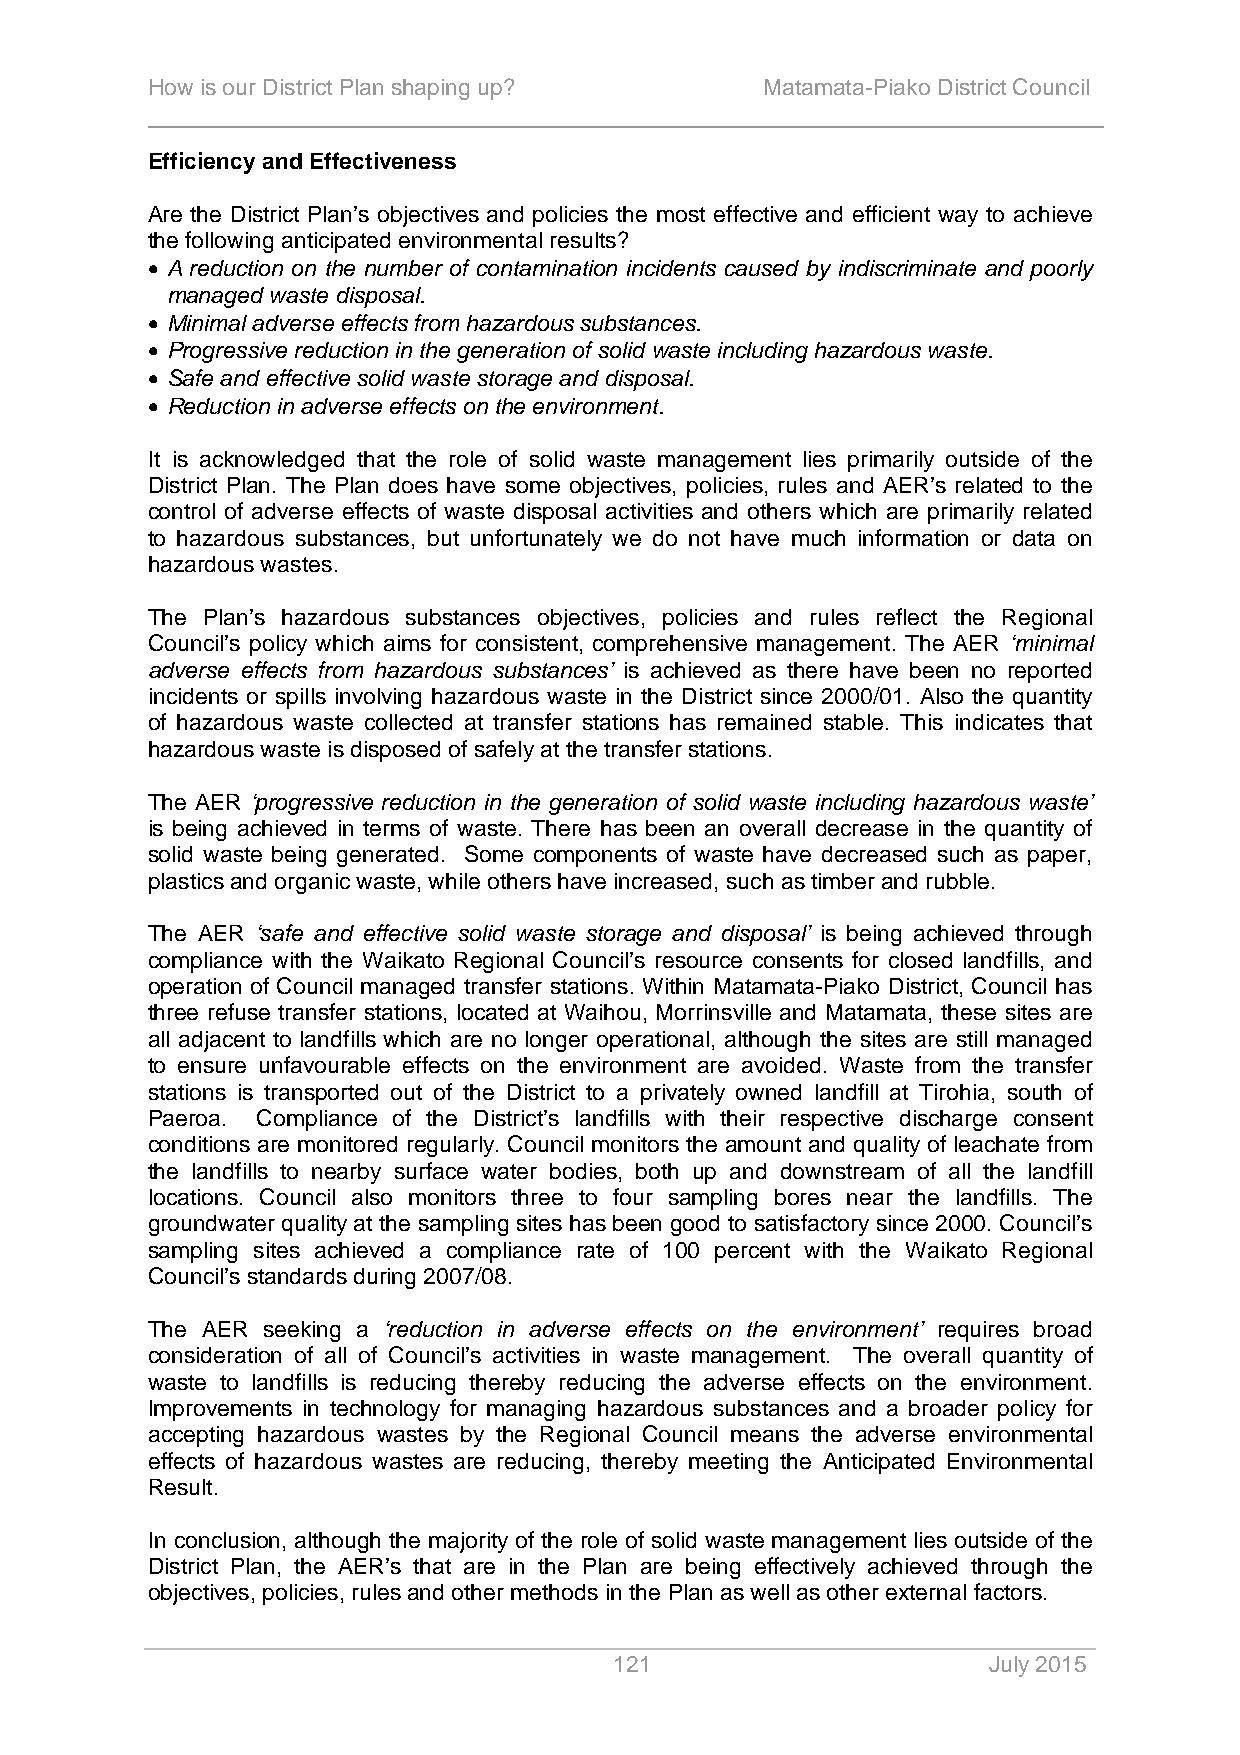
How is our District Plan shaping up?     Matamata-Piako District Council
 Efficiency and Effectiveness
 Are the District Plan’s objectives and policies the most effective and efficient way to achieve
 the following anticipated environmental results?
  A reduction on the number of contamination incidents caused by indiscriminate and poorly
 managed waste disposal.
  Minimal adverse effects from hazardous substances.
  Progressive reduction in the generation of solid waste including hazardous waste.
  Safe and effective solid waste storage and disposal.
  Reduction in adverse effects on the environment.
 It is acknowledged that the role of solid waste management lies primarily outside of the
 District Plan. The Plan does have some objectives, policies, rules and AER’s related to the
 control of adverse effects of waste disposal activities and others which are primarily related
 to hazardous substances, but unfortunately we do not have much information or data on
 hazardous wastes.
 The Plan’s hazardous substances objectives, policies and rules reflect the Regional
 Council’s policy which aims for consistent, comprehensive management. The AER ‘minimal
 adverse effects from hazardous substances’ is achieved as there have been no reported
 incidents or spills involving hazardous waste in the District since 2000/01. Also the quantity
 of hazardous waste collected at transfer stations has remained stable. This indicates that
 hazardous waste is disposed of safely at the transfer stations.
 The AER ‘progressive reduction in the generation of solid waste including hazardous waste’
 is being achieved in terms of waste. There has been an overall decrease in the quantity of
 solid waste being generated. Some components of waste have decreased such as paper,
 plastics and organic waste, while others have increased, such as timber and rubble.
 The AER ‘safe and effective solid waste storage and disposal’ is being achieved through
 compliance with the Waikato Regional Council’s resource consents for closed landfills, and
 operation of Council managed transfer stations. Within Matamata-Piako District, Council has
 three refuse transfer stations, located at Waihou, Morrinsville and Matamata, these sites are
 all adjacent to landfills which are no longer operational, although the sites are still managed
 to ensure unfavourable effects on the environment are avoided. Waste from the transfer
 stations is transported out of the District to a privately owned landfill at Tirohia, south of
 Paeroa. Compliance of the District’s landfills with their respective discharge consent
 conditions are monitored regularly. Council monitors the amount and quality of leachate from
 the landfills to nearby surface water bodies, both up and downstream of all the landfill
 locations. Council also monitors three to four sampling bores near the landfills. The
 groundwater quality at the sampling sites has been good to satisfactory since 2000. Council’s
 sampling sites achieved a compliance rate of 100 percent with the Waikato Regional
 Council’s standards during 2007/08.
 The AER seeking a ‘reduction in adverse effects on the environment’ requires broad
 consideration of all of Council’s activities in waste management. The overall quantity of
 waste to landfills is reducing thereby reducing the adverse effects on the environment.
 Improvements in technology for managing hazardous substances and a broader policy for
 accepting hazardous wastes by the Regional Council means the adverse environmental
 effects of hazardous wastes are reducing, thereby meeting the Anticipated Environmental
 Result.
 In conclusion, although the majority of the role of solid waste management lies outside of the
 District Plan, the AER’s that are in the Plan are being effectively achieved through the
 objectives, policies, rules and other methods in the Plan as well as other external factors.
 121                     July 2015